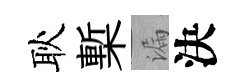
耿槧漏決